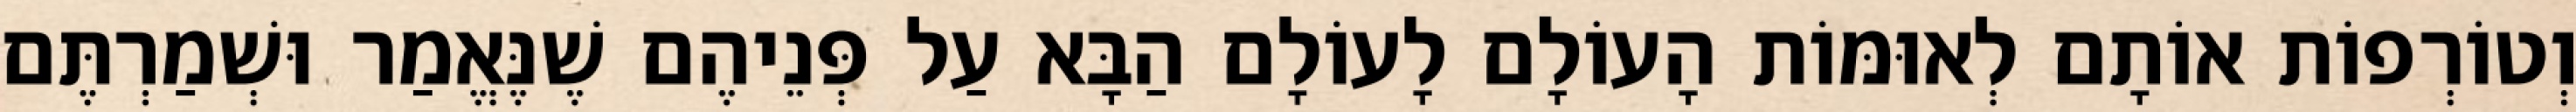
וְטוֹרְפוֹת אוֹתָם לְאוּמּוֹת הָעוֹלָם לָעוֹלָם הַבָּא עַל פְּנֵיהֶם שֶׁנֶּאֱמַר וּשְׁמַרְתֶּם